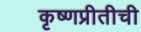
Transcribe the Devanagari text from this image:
कृष्णप्रीतीची